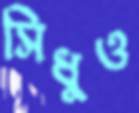
সিধুও